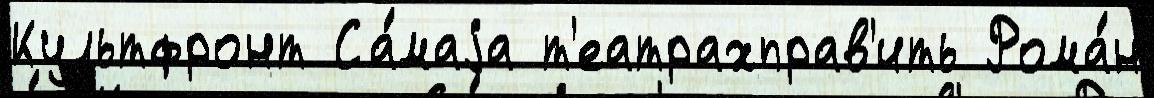
Культфронт Са́маjа т'еатрахправ'ить Рома́н